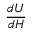
\ { \frac { d U } { d H } }